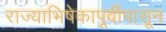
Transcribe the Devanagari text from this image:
राज्याभिषेकापूर्वीपासून